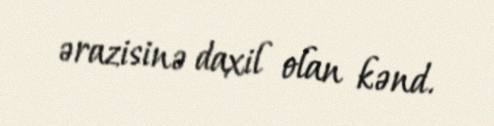
ərazisinə daxil olan kənd.